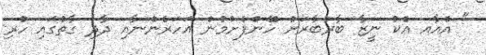
" އެއާއ އެކު ނީޒާ ބާރުބާރަށް ހޭންފެށުމުން އަހަރެންނާއި ދާދި ގާތުގައި ހުރި